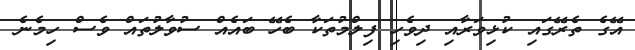
އޭގެ ތެރޭގައި ކުޅިވަރާއި ދިވެހި ފިލްމުތަކާ ބެހޭ ބައެއް ސުވާލުތައް ވެސް ހިމެނެ